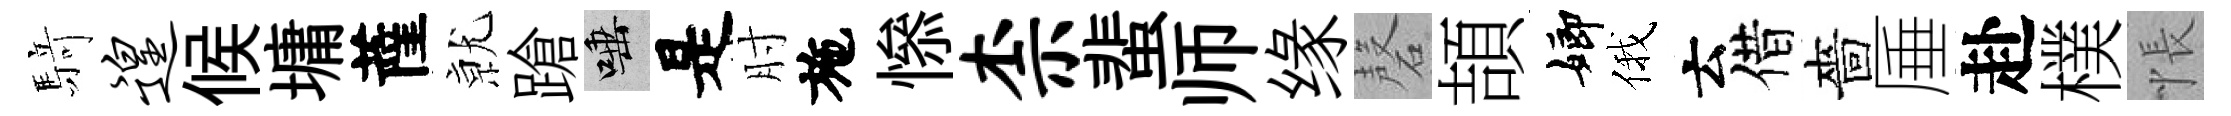
𮪍遑候墉薩𭕒蹌唾是肘施𢡖柰蜚师缘磬頡嫏俄云借嗇厜赴樸悵